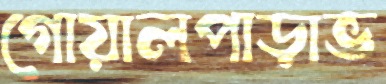
গোয়ালপাড়াভ